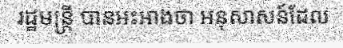
រដ្ឋមន្ត្រី បានអះអាងថា អនុសាសន៍ដែល